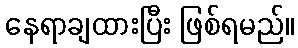
နေရာချထားပြီး ဖြစ်ရမည်။